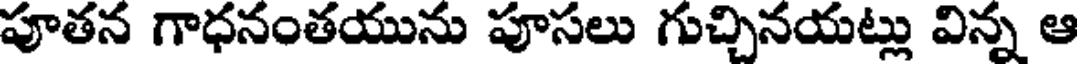
పూతన గాధనంతయును పూసలు గుచ్చినయట్లు విన్న ఆ